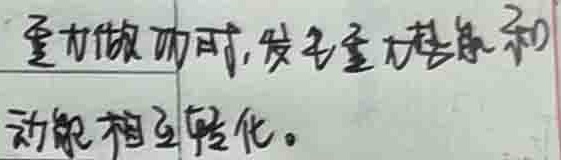
重力做功时，发生重力势能和
动能相互转化。